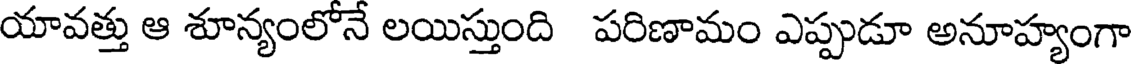
యావత్తు ఆ శూన్యంలోనే లయిస్తుంది పరిణామం ఎప్పుడూ అనూహ్యంగా